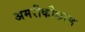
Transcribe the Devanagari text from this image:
अमरीकीकरण